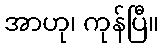
အာဟု၊ ကုန်ပြီ။